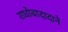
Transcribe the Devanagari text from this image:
राघोबादादाने